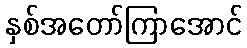
နှစ်အတော်ကြာအောင်